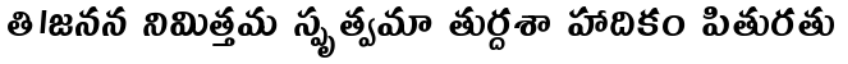
తి।జనన నిమిత్తమ స్పృత్వమా తుర్దశా హాదికం పితురతు